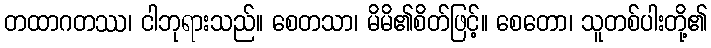
တထာဂတဿ၊ ငါဘုရားသည်။ စေတသာ၊ မိမိ၏စိတ်ဖြင့်။ စေတော၊ သူတစ်ပါးတို့၏